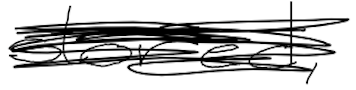
Text: stored,
Cross-out: scratch
Writing tool: digital_black